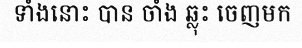
ទាំងនោះ បាន ចាំង ឆ្លុះ ចេញមក